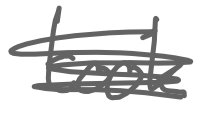
Text: took
Cross-out: scratch
Writing tool: digital_gray